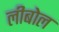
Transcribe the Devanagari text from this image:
लीबोल